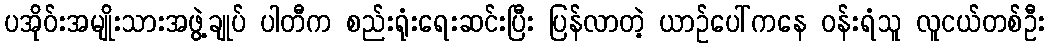
ပအိုဝ်းအမျိုးသားအဖွဲ့ချုပ် ပါတီက စည်းရုံးရေးဆင်းပြီး ပြန်လာတဲ့ ယာဉ်ပေါ်ကနေ ဝန်းရံသူ လူငယ်တစ်ဦး